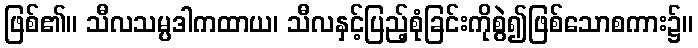
ဖြစ်၏။ သီလသမ္ပဒါကထာယ၊ သီလနှင့်ပြည့်စုံခြင်းကိုစွဲ၍ဖြစ်သောစကား၌။